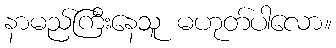
နာမည်ကြီးနေသူ မဟုတ်ပါလော။